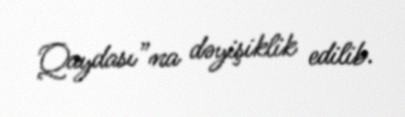
Qaydası”na dəyişiklik edilib.